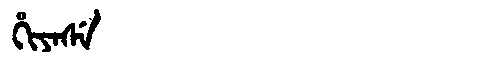
Manchu: ᡥᡳᠶᠠᠰᡝ
Romanization: HIYASE